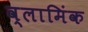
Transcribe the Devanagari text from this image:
व्लामिंक